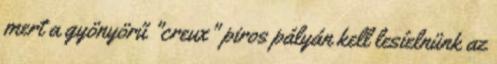
mert a gyönyörű "creux" piros pályán kell lesíelnünk az